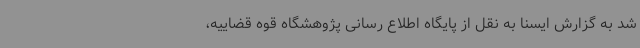
شد به گزارش ایسنا به نقل از پایگاه اطلاع رسانی پژوهشگاه قوه قضاییه،